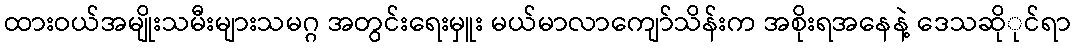
ထားဝယ်အမျိုးသမီးများသမဂ္ဂ အတွင်းရေးမှူး မယ်မာလာကျော်သိန်းက အစိုးရအနေနဲ့ ဒေသဆိုုင်ရာ